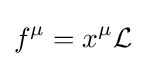
f^{\mu }=x^{\mu }{\mathcal {L}}